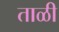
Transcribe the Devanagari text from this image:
ताळी